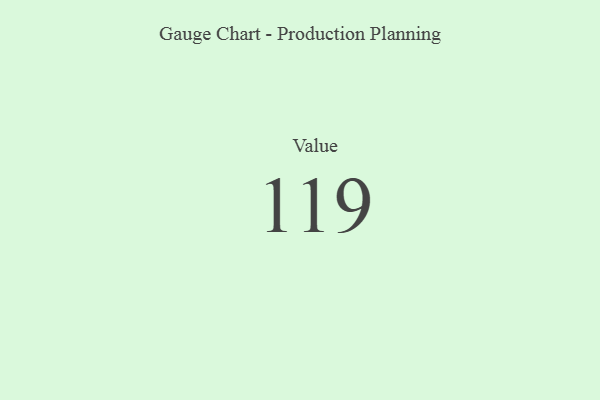
{"axis": {"x": "Metric", "y": "Value"}, "legend": [""], "data": [{"x": "Value", "y": 119, "type": ""}]}